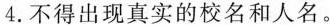
请根据下面表格的内容，用英语写一篇短文，